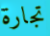
تجارة